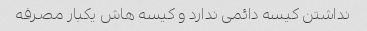
نداشتن کیسه دائمی ندارد و کیسه هاش یکبار مصرفه